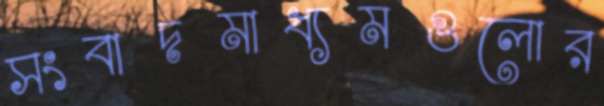
সংবাদমাধ্যমগুলোর